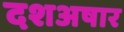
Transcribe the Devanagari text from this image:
दशअषार